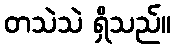
တသဲသဲ ရှိသည်။